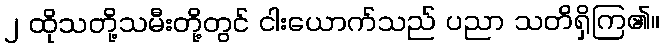
၂ ထိုသတို့သမီးတို့တွင် ငါးယောက်သည် ပညာ သတိရှိကြ၏။